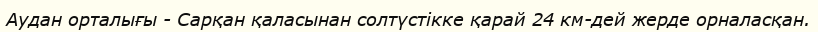
Аудан орталығы - Сарқан қаласынан солтүстікке қарай 24 км-дей жерде орналасқан.